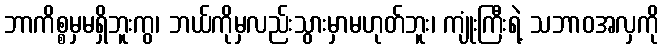
ဘာကိစ္စမှမရှိဘူးကွ၊ ဘယ်ကိုမှလည်းသွားမှာမဟုတ်ဘူး၊ ကျုံးကြီးရဲ့ သဘာဝအလှကို